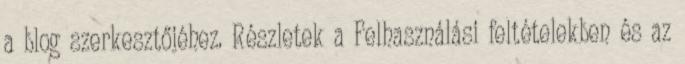
a blog szerkesztőjéhez. Részletek a Felhasználási feltételekben és az